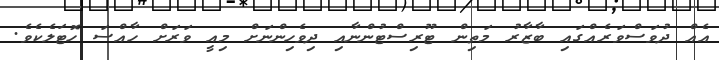
އެއް ދުވަސްވަރެއްގައި ބާޒާރު މަތިން ޓޫރިސްޓުންނާއި ދިވެހިންނަށް މިއީ ވަރަށް ހާއްސަ ހޮޓަލެކެވެ.